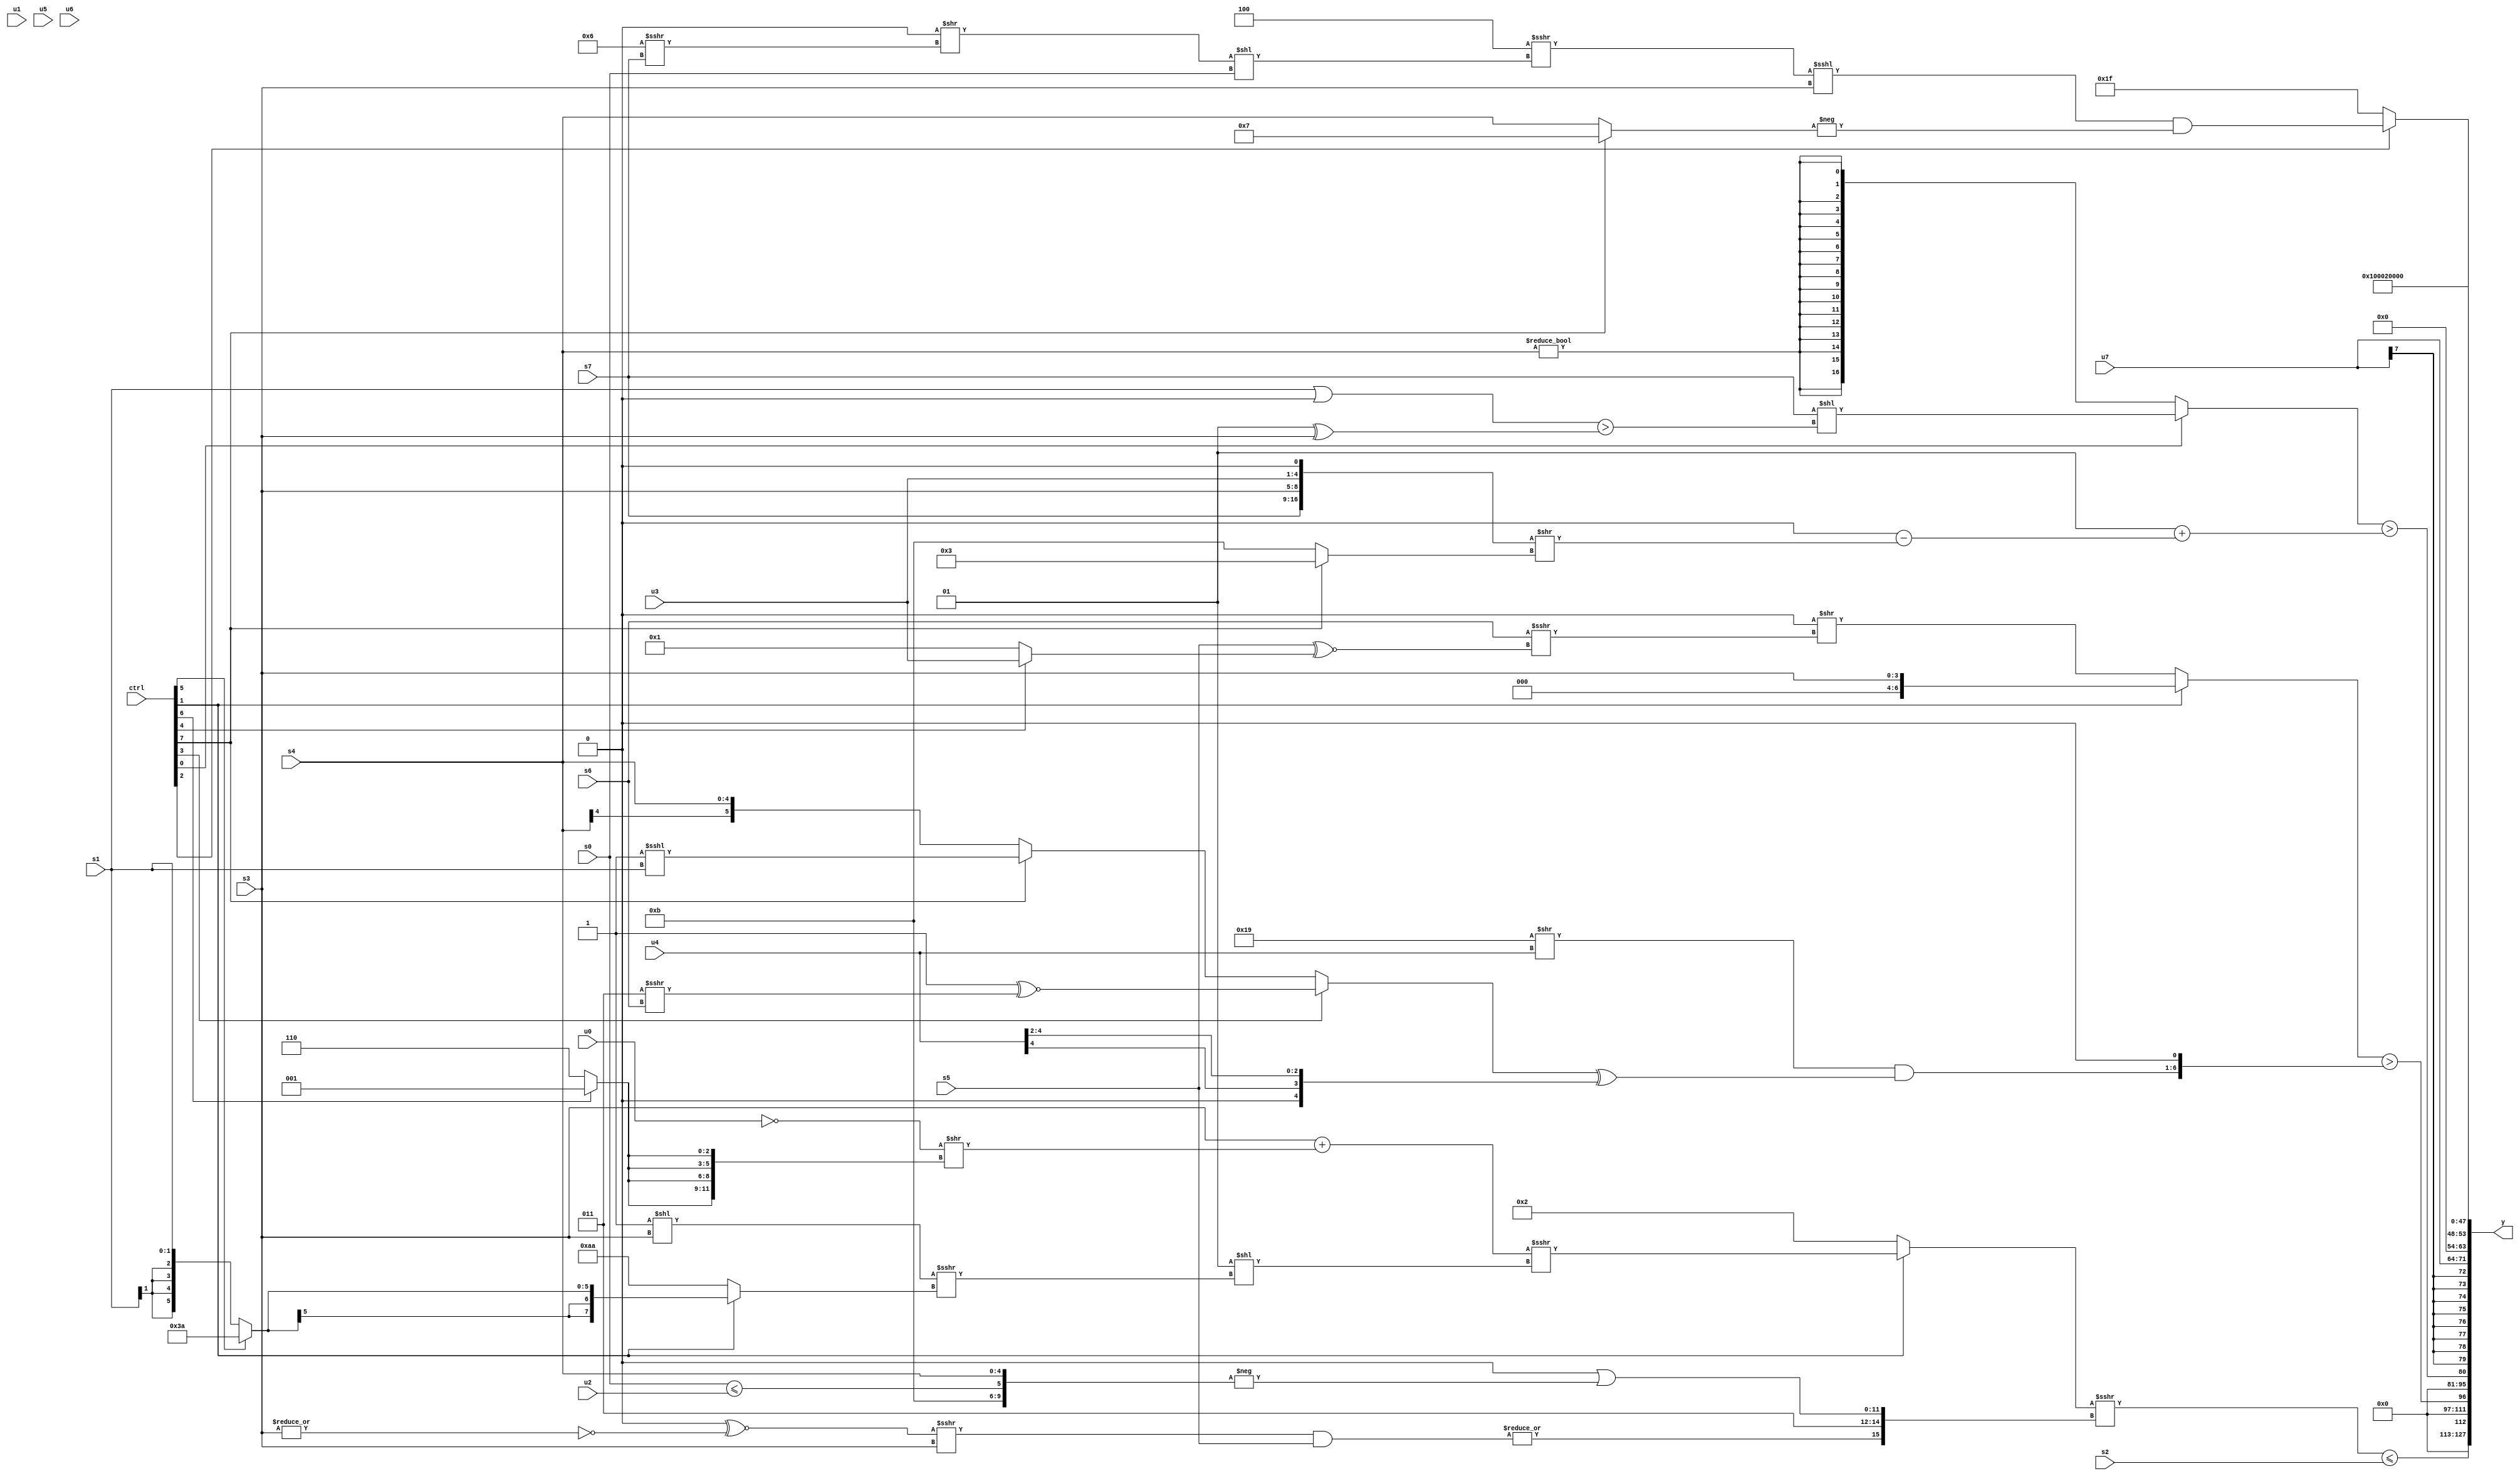
module wideexpr_00886(ctrl, u0, u1, u2, u3, u4, u5, u6, u7, s0, s1, s2, s3, s4, s5, s6, s7, y);
  input [7:0] ctrl;
  input [0:0] u0;
  input [1:0] u1;
  input [2:0] u2;
  input [3:0] u3;
  input [4:0] u4;
  input [5:0] u5;
  input [6:0] u6;
  input [7:0] u7;
  input signed [0:0] s0;
  input signed [1:0] s1;
  input signed [2:0] s2;
  input signed [3:0] s3;
  input signed [4:0] s4;
  input signed [5:0] s5;
  input signed [6:0] s6;
  input signed [7:0] s7;
  output [127:0] y;
  wire [15:0] y0;
  wire [15:0] y1;
  wire [15:0] y2;
  wire [15:0] y3;
  wire [15:0] y4;
  wire [15:0] y5;
  wire [15:0] y6;
  wire [15:0] y7;
  assign y = {y0,y1,y2,y3,y4,y5,y6,y7};
  assign y0 = (((ctrl[1]?((s3)+((!(^(u0)))>>({4{(ctrl[6]?(3'sb111)>>(2'b10):2'sb10)}})))>>>((2'sb01)<<((-((1'b1)<<($signed(s3))))>>>((ctrl[1]?(ctrl[1]?(ctrl[5]?6'sb111010:s1):(2'sb11)-(6'sb001001)):$signed({4{2'b10}}))))):2'b10))>>>({|(((((6'sb000110)>>(+(6'sb110001)))^~($signed(~|(s3))))>>>(s3))&($signed($signed($unsigned(s5))))),3'sb011,($signed(2'sb00))|(-($signed({6'sb111011,$unsigned((s0)<=(u2)),s4})))}))<=(s2);
  assign y1 = {1{((ctrl[1]?s3:({2{$unsigned(2'sb00)}})>>((s6)>>>((s5)^~($signed((ctrl[4]?u3:3'b001)))))))>({((6'sb011001)>>(u4))&(((ctrl[3]?($signed(2'sb11))^~((6'sb000011)>>>(s6)):(ctrl[7]?(1'sb1)<<<(s1):s4)))^(($signed(u4))>>(3'b010))),{$signed(1'sb0)}})}};
  assign y2 = +(((ctrl[0]?(s7)<<(((s1)|(-(1'sb0)))>((2'sb01)^(s3))):$signed(($signed((4'sb0111)<<(6'sb010100)))!=(s4))))>((+(2'sb01))+($signed(($unsigned({2'b00}))-(({s7,s3,u3,1'b0})>>((ctrl[7]?2'b11:6'b001011)))))));
  assign y3 = $signed($signed(u7));
  assign y4 = $unsigned((ctrl[2]?(+(((4'sb0100)>>>((((5'sb01010)<<<(5'sb01010))>>((4'sb0110)>>>(s7)))<<(s0)))<<<(s3)))&(-((ctrl[7]?$signed(3'sb111):$unsigned($signed(s4))))):(6'sb111111)>>(1'sb1)));
  assign y5 = ($unsigned({($unsigned({s3}))<(s4),2'sb00,+($signed($signed(((1'sb0)|((ctrl[4]?4'sb0001:2'sb00)))>>>(1'sb0))))}))!=(3'sb101);
  assign y6 = $signed(-(3'sb110));
  assign y7 = 5'b00000;
endmodule